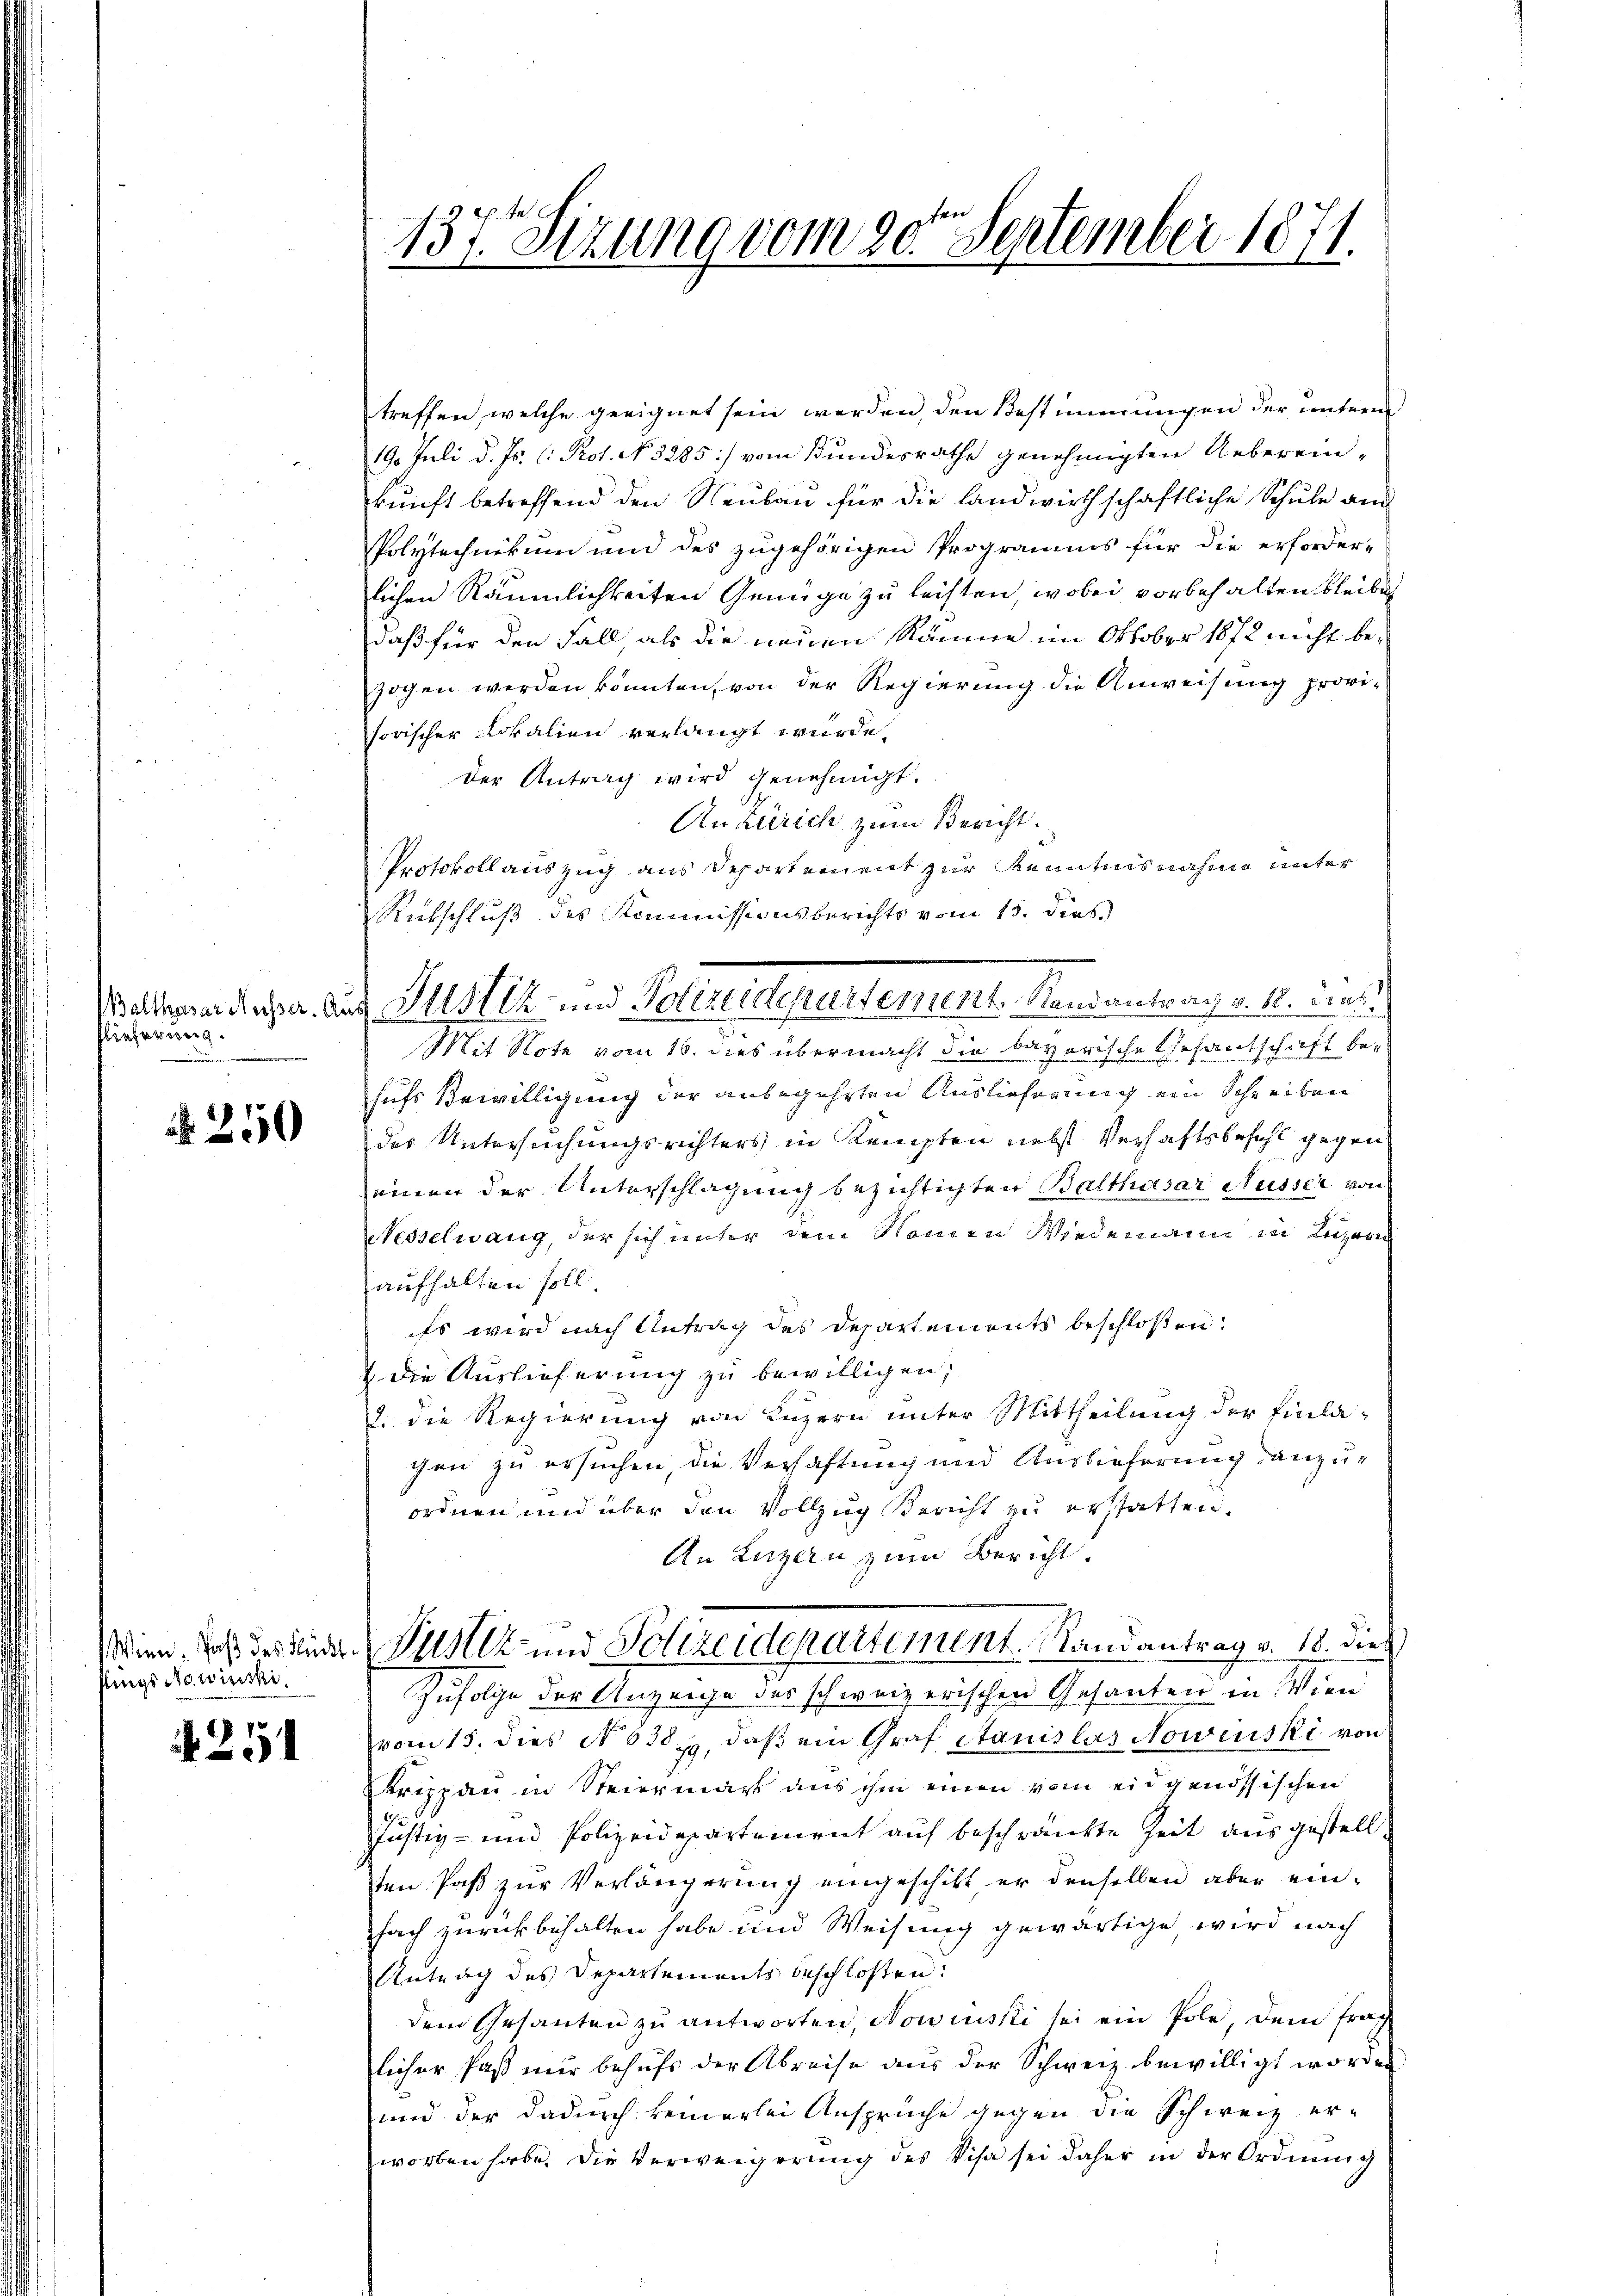
lönfassung

250

flings Nowinski.

251

137. Sizung vom 20ten September 1871.

treffen, welche geeignet sein werden, den Bestimmungen der unterm
19. Juli d. Js. l. Prot. No. 3285) vom Bundesrathe genehmigten Uebereinkunft betreffend den Neubau für die landwirthschaftliche Schule am
Polytechnikum und des zugehörigen Programms für die erforder-
lichen Räumlichkeiten Genüge zu leisten, wobei vorbehalten bleibe
daß für den Fall, als die neuen Räume im Oktober 1872 nicht bezogen werden könnten, von der Regierung die Anweisung provisorischer Lokalien verlangt wurde,
der Antrag wird genehmigt.
Anzürich zum Bericht.
Protokollauszug aus Departement zur Kenntnisnahme unter
Rutschluß des Kommissionsberichts vom 15. dieß
Mit Note vom 16. dies übermacht die bayerische Gesantschaft besuchs Bewilligung der anbegehrten Auslieferung ein Schreiben
des Untersuchungsrichters in Kempten nebst Verhaftsbefehl gegen
seinen der Unterschlagung bezichtigten Balthasar Nüsser von
Nesselwang, der sich unter dem Namen Wiedermann in Luzern
aufhalten soll.
Es wird nach Antrag des Departements beschloßen:
 die Auslieferung zu bewilligen;
2. die Regierung von Luzern unter Mittheilung der Einlachen zu ersuchen, die Verhaftung und Auslieferung anzuordnen und über den Vollzug Bericht zu erstatten.
An Luzern zum Bericht.
Wien, daß des Kinde Justiz- und Polizeidepartement. Stand antrag v. 18. die
Zufolge der Anzeige des schweizerischen Gesanten in Wien
vom 15. dies No 638, daß ein Graf Stanislas Nowinski von
Kreppau in Steiermark aus ihm einen vom eidgenössischen
Justiz- und Polizeidepartement auf beschränkte Zeit ausgestelltten Paß zur Verlängerung eingeschikt, er denselben aber einfach zurückbehalten habe und Weisung gewärtige, wird nach
Antrag des Departements beschlossen:
dem Gesanten zu antworten, Nowinski sei ein Pole, dem frag
licher Paß nur behufs der Abreise aus der Schweiz bewilligt worden
und der dadurch keinerlei Anspruche gegen die Schweiz er-
worben habe. Die Verweigerung des Visa sei daher in der Ordnung

Mater diesen. Auch Suster- und Polizeidepartement, Randantrag v. M. uns